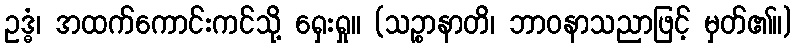
ဥဒ္ဓံ၊ အထက်ကောင်းကင်သို့ ရှေးရှု။ (သဉ္စာနာတိ၊ ဘာဝနာသညာဖြင့် မှတ်၏။)